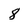
Character: 8